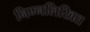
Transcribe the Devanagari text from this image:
निम्‍नलिखित